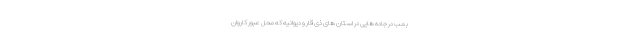
بمب در جاده هایی در استان های ذی قار و دیوانیه که محل عبور کاروان